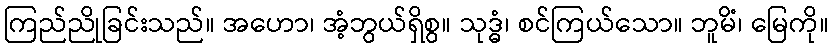
ကြည်ညိုခြင်းသည်။ အဟော၊ အံ့ဘွယ်ရှိစွ။ သုဒ္ဓံ၊ စင်ကြယ်သော။ ဘူမိံ၊ မြေကို။